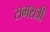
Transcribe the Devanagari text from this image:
समरात्री